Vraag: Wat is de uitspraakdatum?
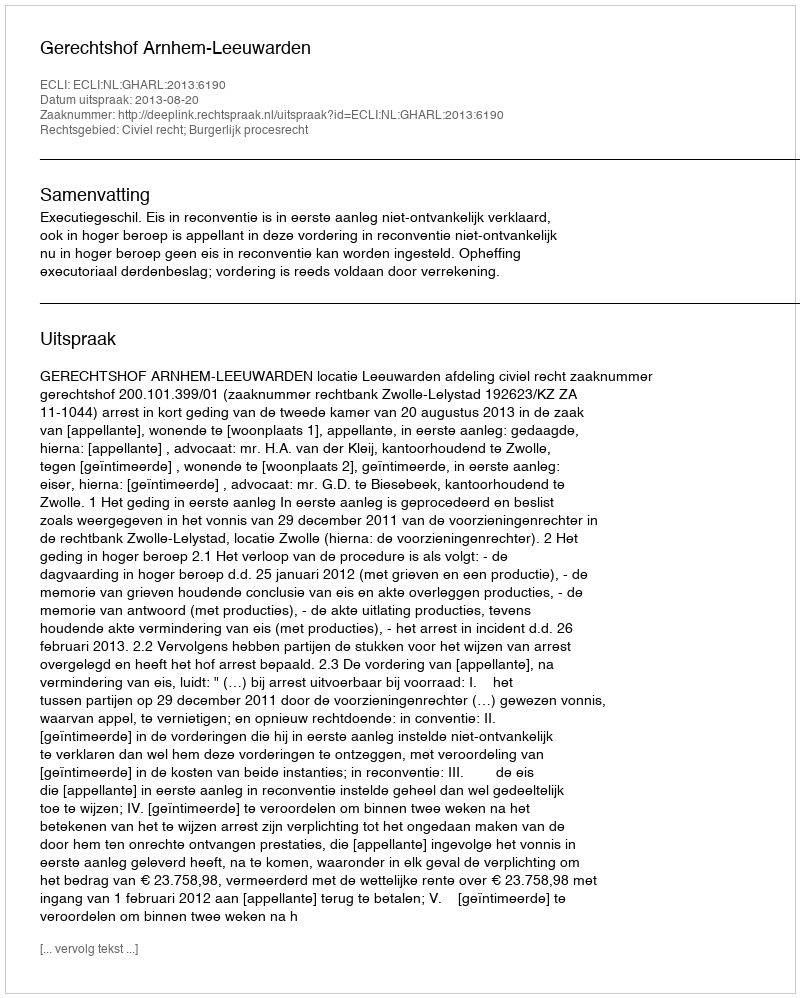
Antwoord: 2013-08-20